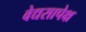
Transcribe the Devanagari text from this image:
वेद्यसापेक्ष